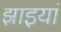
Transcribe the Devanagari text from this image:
झाइयां